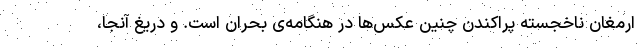
ارمغان ناخجسته پراکندن چنین عکس‌ها در هنگامه‌ی بحران است. و دریغ آنجا،